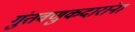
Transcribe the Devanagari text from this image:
गुंतवणुकदारांना